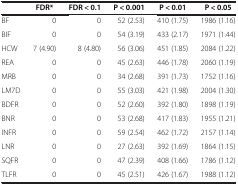
<table><thead><tr><td><b> </b></td><td><b>FDR*</b></td><td><b>FDR &lt; 0.1</b></td><td><b>P &lt; 0.001</b></td><td><b>P &lt; 0.01</b></td><td><b>P &lt; 0.05</b></td></tr></thead><tbody><tr><td>BF</td><td>0</td><td>0</td><td>52 (2.53)</td><td>410 (1.75)</td><td>1986 (1.16)</td></tr><tr><td>BIF</td><td>0</td><td>0</td><td>54 (3.19)</td><td>433 (2.17)</td><td>1971 (1.44)</td></tr><tr><td>HCW</td><td>7 (4.90)</td><td>8 (4.80)</td><td>56 (3.06)</td><td>451 (1.85)</td><td>2084 (1.22)</td></tr><tr><td>REA</td><td>0</td><td>0</td><td>45 (2.63)</td><td>446 (1.78)</td><td>2060 (1.19)</td></tr><tr><td>MRB</td><td>0</td><td>0</td><td>34 (2.68)</td><td>391 (1.73)</td><td>1752 (1.16)</td></tr><tr><td>LM7D</td><td>0</td><td>0</td><td>55 (3.03)</td><td>421 (1.98)</td><td>2004 (1.30)</td></tr><tr><td>BDFR</td><td>0</td><td>0</td><td>52 (2.60)</td><td>392 (1.80)</td><td>1898 (1.19)</td></tr><tr><td>BNR</td><td>0</td><td>0</td><td>53 (2.68)</td><td>417 (1.83)</td><td>1955 (1.21)</td></tr><tr><td>INFR</td><td>0</td><td>0</td><td>59 (2.54)</td><td>462 (1.72)</td><td>2157 (1.14)</td></tr><tr><td>LNR</td><td>0</td><td>0</td><td>27 (2.63)</td><td>392 (1.69)</td><td>1864 (1.15)</td></tr><tr><td>SQFR</td><td>0</td><td>0</td><td>47 (2.39)</td><td>408 (1.66)</td><td>1786 (1.12)</td></tr><tr><td>TLFR</td><td>0</td><td>0</td><td>45 (2.51)</td><td>426 (1.67)</td><td>1988 (1.12)</td></tr></tbody></table>